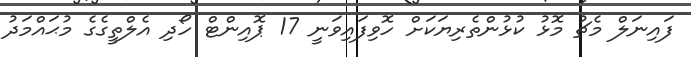
ފައިނަލް މެޗު މޮޅު ކުޅުންތެރިޔަކަށް ހޮވިފައިވަނީ 17 ޕޮއިންޓް ހޯދި އެލްތީގެގެ މުޙައްމަދު